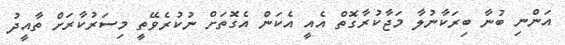
އަންނި ބުނާ ބިރަކާނުލާ މަޖާކުރާގޮތް އެއީ އެކަން އެގޮތަށް ނުކުރެވޭތީ މިސަރުކާރަށް ތާއީދު